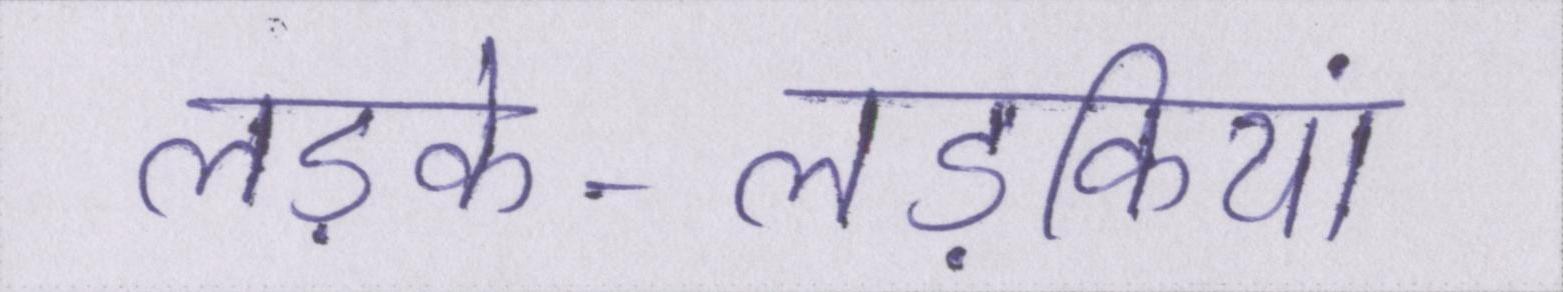
लड़के-लड़कियां